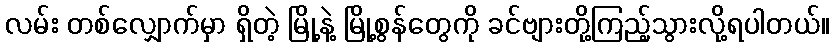
လမ်း တစ်လျှောက်မှာ ရှိတဲ့ မြို့နဲ့ မြို့စွန်တွေကို ခင်ဗျားတို့ကြည့်သွားလို့ရပါတယ်။